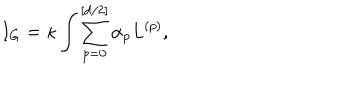
LaTeX: I _ { G } = \kappa \int \sum _ { p = 0 } ^ { [ d / 2 ] } \alpha _ { p } L ^ { ( p ) } ,